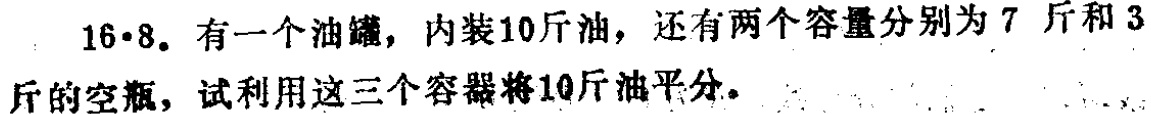
16·8. 有一个油罐，内装10斤油，还有两个容量分别为 7 斤和 3 斤的空瓶，试利用这三个容器将10斤油平分。